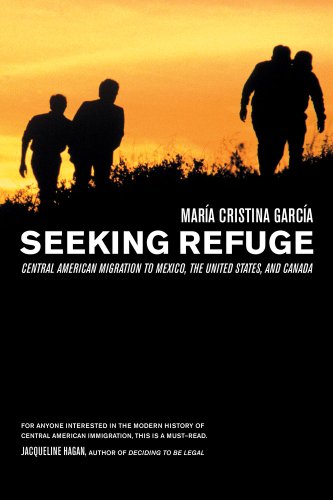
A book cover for Seeking Refuge: Central American Migration to Mexico, the United States, and Canada; MarÃ­a Cristina GarcÃ­a; Politics & Social Sciences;